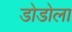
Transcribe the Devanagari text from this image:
डोडोला